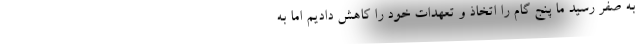
به صفر رسید ما پنج گام را اتخاذ و تعهدات خود را کاهش دادیم اما به